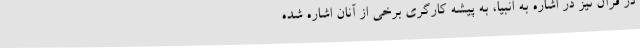
در قرآن نیز در اشاره به انبیا، به پیشه کارگری برخی از آنان اشاره شده